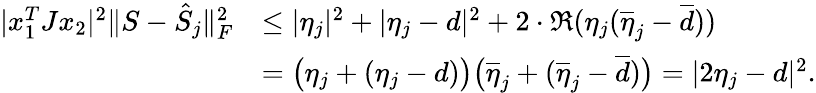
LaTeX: \begin{array}{rl}{|x_{1}^{T}Jx_{2}|^{2}\Vert S-\hat{S}_{j}\Vert_{F}^{2}}&{\leq|\eta_{j}|^{2}+|\eta_{j}-d|^{2}+2\cdot\mathfrak{R}(\eta_{j}(\overline{{\eta}}_{j}-\overline{{d}}))}\\ &{=\big(\eta_{j}+(\eta_{j}-d)\big)\big(\overline{{\eta}}_{j}+(\overline{{\eta}}_{j}-\overline{{d}})\big)=|2\eta_{j}-d|^{2}.}\end{array}